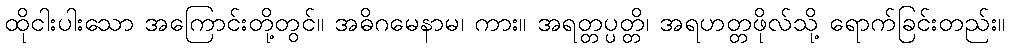
ထိုငါးပါးသော အကြောင်းတို့တွင်။ အဓိဂမေနာမ၊ ကား။ အရတ္တပ္ပတ္တိ၊ အရဟတ္တဖိုလ်သို့ ရောက်ခြင်းတည်း။